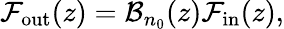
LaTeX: \mathcal{F}_{\mathrm{out}}(z)=\mathcal{B}_{n_{0}}(z)\mathcal{F}_{\mathrm{in}}(z),